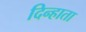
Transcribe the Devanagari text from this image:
दिन्हाता